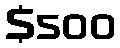
$500